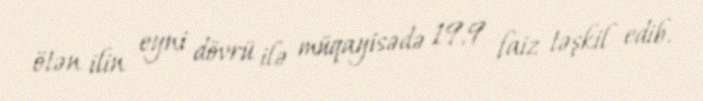
ötən ilin eyni dövrü ilə müqayisədə 19,9 faiz təşkil edib.